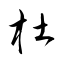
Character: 杜